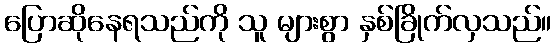
ပြောဆိုနေရသည်ကို သူ များစွာ နှစ်ခြိုက်လှသည်။